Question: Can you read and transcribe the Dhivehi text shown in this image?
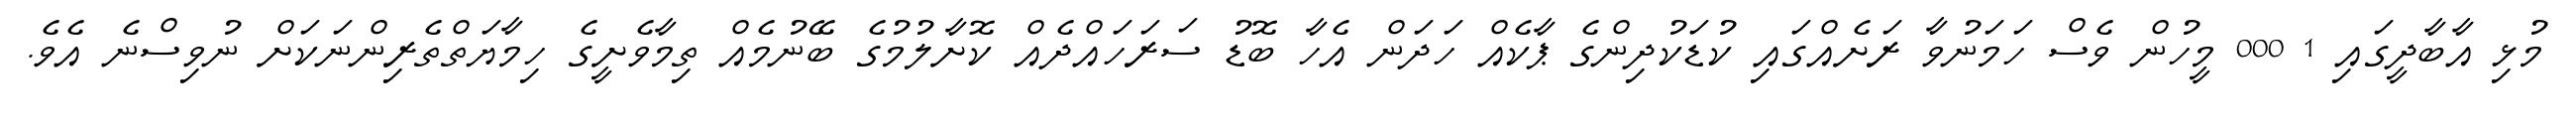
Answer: މުޅި އާބާދީގައި 1 000 މީހުން ވެސް ހަމަނުވާ ރަށެއްގައި ކުޑަކުދިންގެ ޕާކެއް ހަދަން އެހާ ބޮޑު ސަރަހައްދެއް ކޮށާލުމުގެ ބޭނުމެއް ތިމާވެށީގެ ހިމާޔަތްތެރިންނަކަށް ނުވިސްނެ އެވެ.